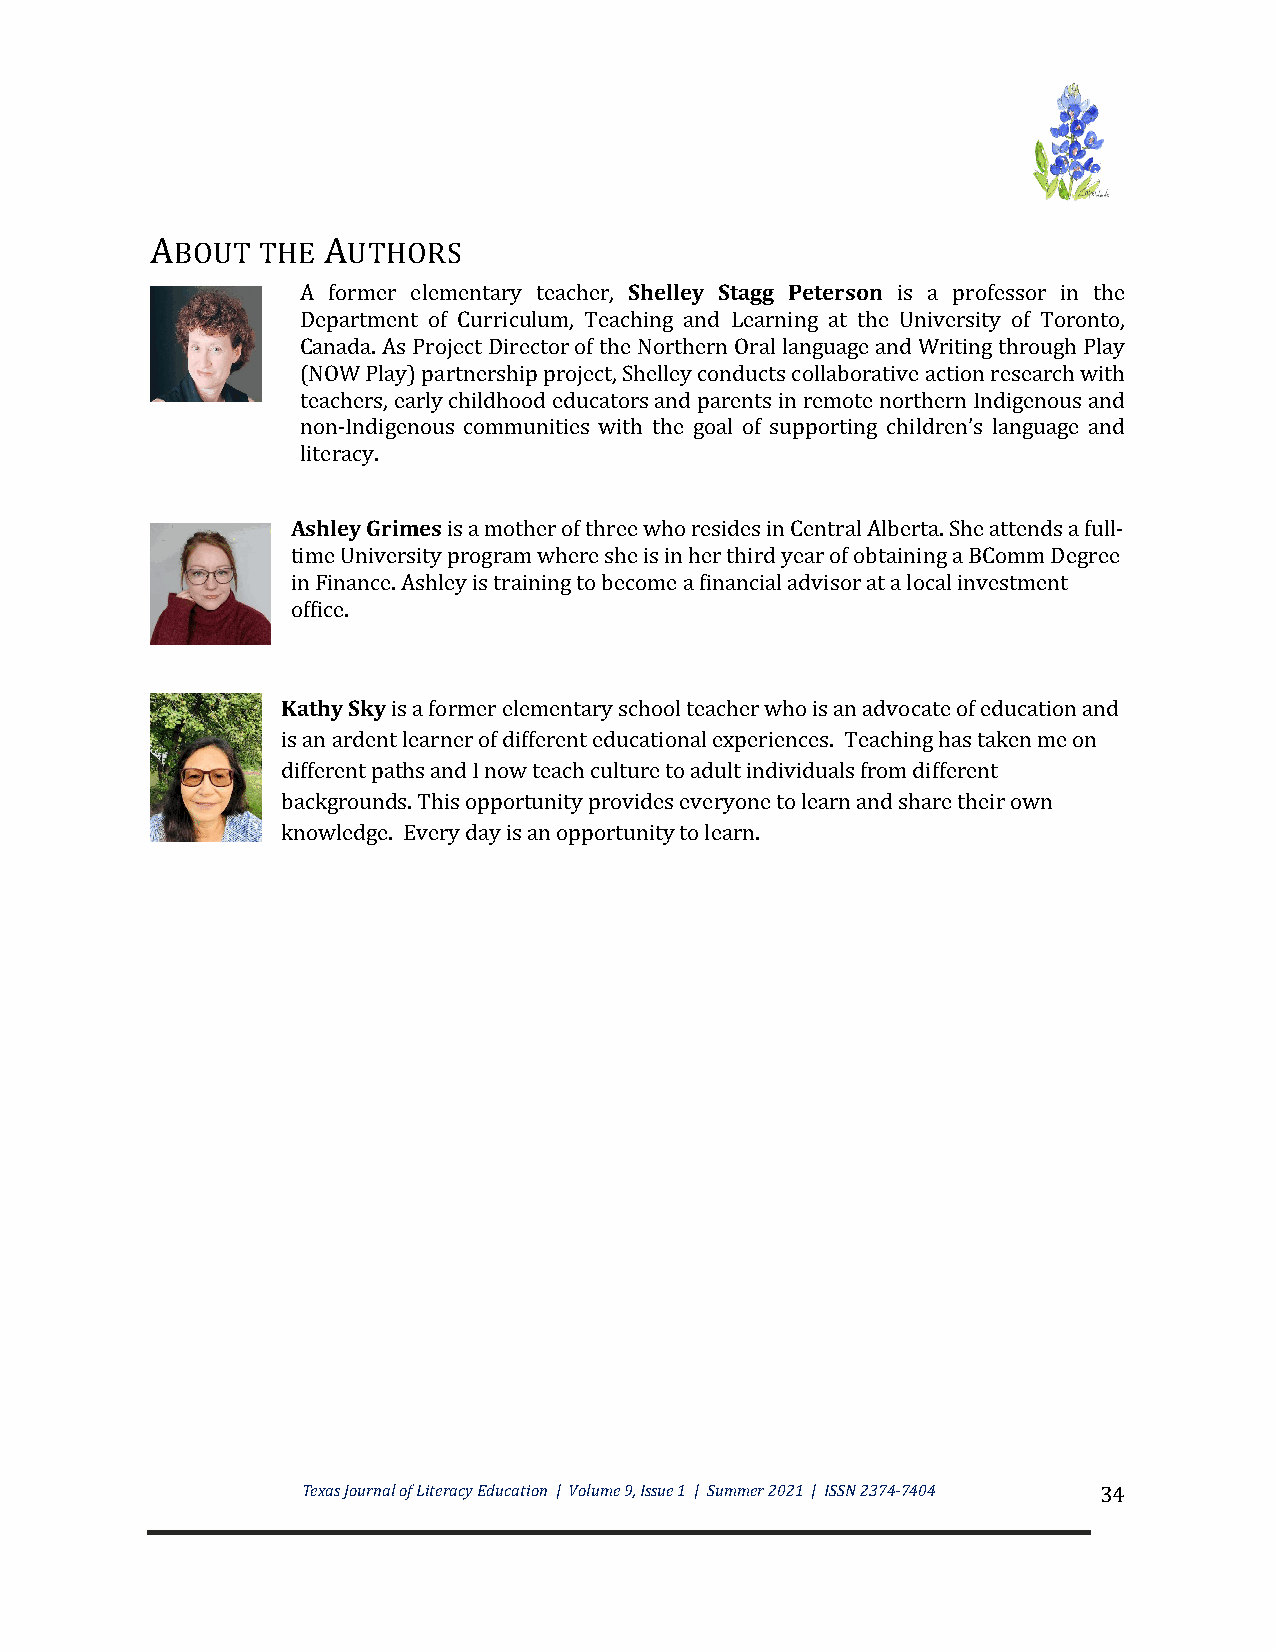
ABOUT  THE AUTHORS
 A former elementary teacher, Shelley Stagg Peterson is a professor in the
 Department of Curriculum, Teaching and Learning at the University of Toronto,
 Canada. As Project Director of the Northern Oral language and Writing through Play
 (NOW Play) partnership project, Shelley conducts collaborative action research with
 teachers, early childhood educators and parents in remote northern Indigenous and
 non-Indigenous communities with the goal of supporting children’s language and
 literacy.
 Ashley Grimes is a mother of three who resides in Central Alberta. She attends a full-
 time University program where she is in her third year of obtaining a BComm Degree
 in Finance. Ashley is training to become a financial advisor at a local investment
 office.
 Kathy Sky is a former elementary school teacher who is an advocate of education and
 is an ardent learner of different educational experiences. Teaching has taken me on
 different paths and I now teach culture to adult individuals from different
 backgrounds. This opportunity provides everyone to learn and share their own
 knowledge. Every day is an opportunity to learn.
 Texas Journal of Literacy Education | Volume 9, Issue 1 | Summer 2021 | ISSN 2374-7404 34